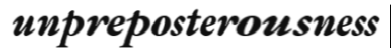
unpreposterousness